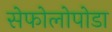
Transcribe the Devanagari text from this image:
सेफोलोपोडा